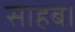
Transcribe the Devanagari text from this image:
साहब।